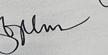
Signature authenticity: genuine